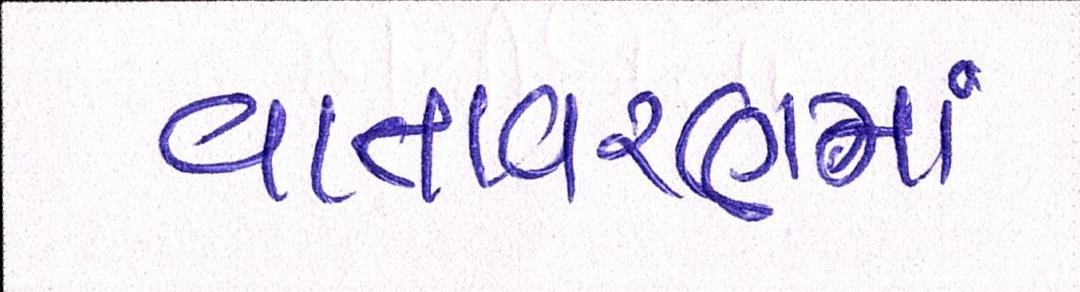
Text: વાતવરણમાં